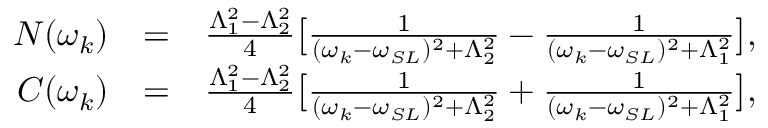
\begin{array} { r l r } { N ( \omega _ { k } ) } & { = } & { \frac { \Lambda _ { 1 } ^ { 2 } - \Lambda _ { 2 } ^ { 2 } } { 4 } \big [ \frac { 1 } { ( \omega _ { k } - \omega _ { S L } ) ^ { 2 } + \Lambda _ { 2 } ^ { 2 } } - \frac { 1 } { ( \omega _ { k } - \omega _ { S L } ) ^ { 2 } + \Lambda _ { 1 } ^ { 2 } } \big ] , } \\ { C ( \omega _ { k } ) } & { = } & { \frac { \Lambda _ { 1 } ^ { 2 } - \Lambda _ { 2 } ^ { 2 } } { 4 } \big [ \frac { 1 } { ( \omega _ { k } - \omega _ { S L } ) ^ { 2 } + \Lambda _ { 2 } ^ { 2 } } + \frac { 1 } { ( \omega _ { k } - \omega _ { S L } ) ^ { 2 } + \Lambda _ { 1 } ^ { 2 } } \big ] , } \end{array}